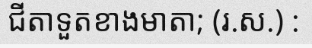
ជីតាទួតខាងមាតា; (រ.ស.) :